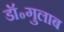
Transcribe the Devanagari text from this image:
डॉ॰गुलाब